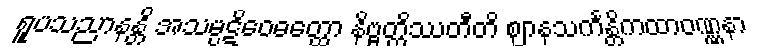
ရူပသညာနန္တိ အသမ္ပဋိဝေဓတ္ထော နိဗ္ဗတ္တိဿတီတိ ဈာနသင်္ကန္တိကထာဝဏ္ဏနာ